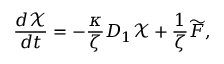
\frac { d \mathcal { X } } { d t } = - \frac { \kappa } { \zeta } D _ { 1 } \mathcal { X } + \frac { 1 } { \zeta } \widetilde { F } ,